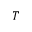
T